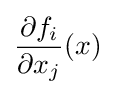
{\frac {\partial f_{i}}{\partial x_{j}}}(x)